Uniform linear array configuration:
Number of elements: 24
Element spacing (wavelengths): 0.75
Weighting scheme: hann
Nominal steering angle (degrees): -60
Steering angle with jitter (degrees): -61.047
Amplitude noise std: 0.05
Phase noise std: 0.05

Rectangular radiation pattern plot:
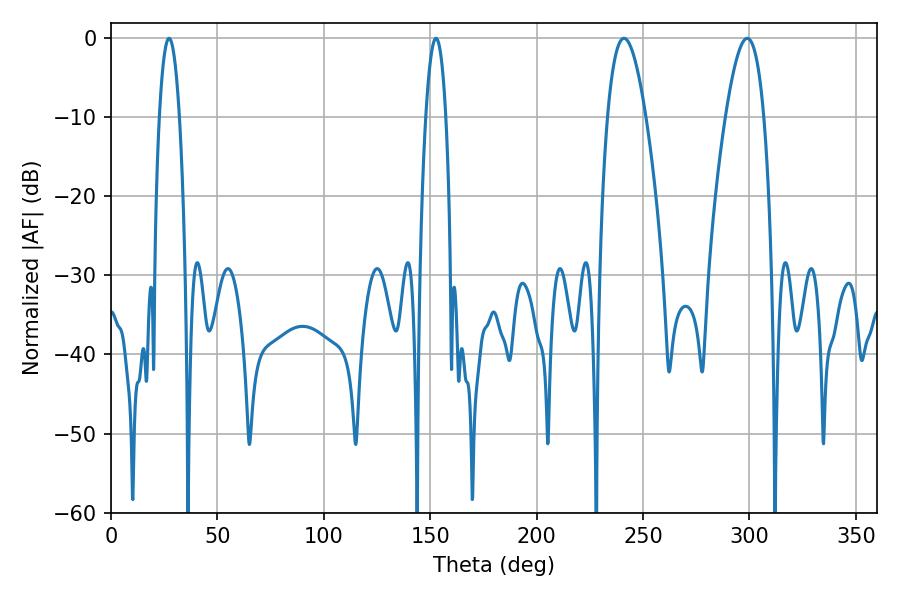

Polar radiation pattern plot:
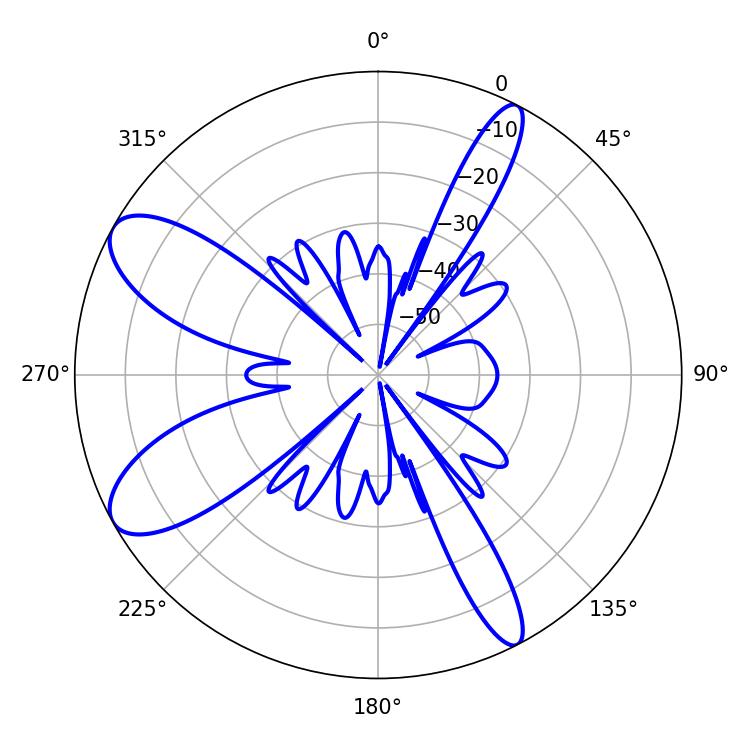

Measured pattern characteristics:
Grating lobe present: TRUE
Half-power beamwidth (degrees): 9.9
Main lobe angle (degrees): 241.02